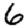
Digit: 6